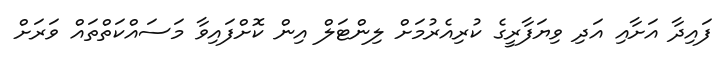
ފައިދާ އަށާއި އަދި ވިޔަފާރީގެ ކުރިއެރުމަށް ލިންޓަލް އިން ކޮށްފައިވާ މަސައްކަތްތައް ވަރަށް